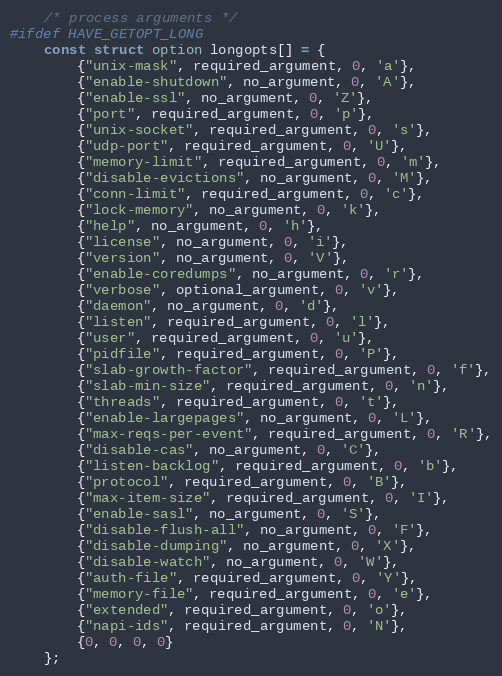
Language: C
    /* process arguments */
#ifdef HAVE_GETOPT_LONG
    const struct option longopts[] = {
        {"unix-mask", required_argument, 0, 'a'},
        {"enable-shutdown", no_argument, 0, 'A'},
        {"enable-ssl", no_argument, 0, 'Z'},
        {"port", required_argument, 0, 'p'},
        {"unix-socket", required_argument, 0, 's'},
        {"udp-port", required_argument, 0, 'U'},
        {"memory-limit", required_argument, 0, 'm'},
        {"disable-evictions", no_argument, 0, 'M'},
        {"conn-limit", required_argument, 0, 'c'},
        {"lock-memory", no_argument, 0, 'k'},
        {"help", no_argument, 0, 'h'},
        {"license", no_argument, 0, 'i'},
        {"version", no_argument, 0, 'V'},
        {"enable-coredumps", no_argument, 0, 'r'},
        {"verbose", optional_argument, 0, 'v'},
        {"daemon", no_argument, 0, 'd'},
        {"listen", required_argument, 0, 'l'},
        {"user", required_argument, 0, 'u'},
        {"pidfile", required_argument, 0, 'P'},
        {"slab-growth-factor", required_argument, 0, 'f'},
        {"slab-min-size", required_argument, 0, 'n'},
        {"threads", required_argument, 0, 't'},
        {"enable-largepages", no_argument, 0, 'L'},
        {"max-reqs-per-event", required_argument, 0, 'R'},
        {"disable-cas", no_argument, 0, 'C'},
        {"listen-backlog", required_argument, 0, 'b'},
        {"protocol", required_argument, 0, 'B'},
        {"max-item-size", required_argument, 0, 'I'},
        {"enable-sasl", no_argument, 0, 'S'},
        {"disable-flush-all", no_argument, 0, 'F'},
        {"disable-dumping", no_argument, 0, 'X'},
        {"disable-watch", no_argument, 0, 'W'},
        {"auth-file", required_argument, 0, 'Y'},
        {"memory-file", required_argument, 0, 'e'},
        {"extended", required_argument, 0, 'o'},
        {"napi-ids", required_argument, 0, 'N'},
        {0, 0, 0, 0}
    };